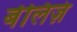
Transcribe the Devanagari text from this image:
बेलिज़ं